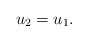
\begin{align*}u_2=u_1.\end{align*}